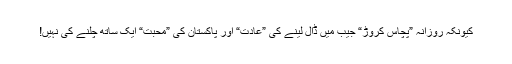
کیونکہ روزانہ ”پچاس کروڑ“ جیب میں ڈال لینے کی ”عادت“ اور پاکستان کی ”محبت“ ایک ساتھ چلنے کی نہیں!